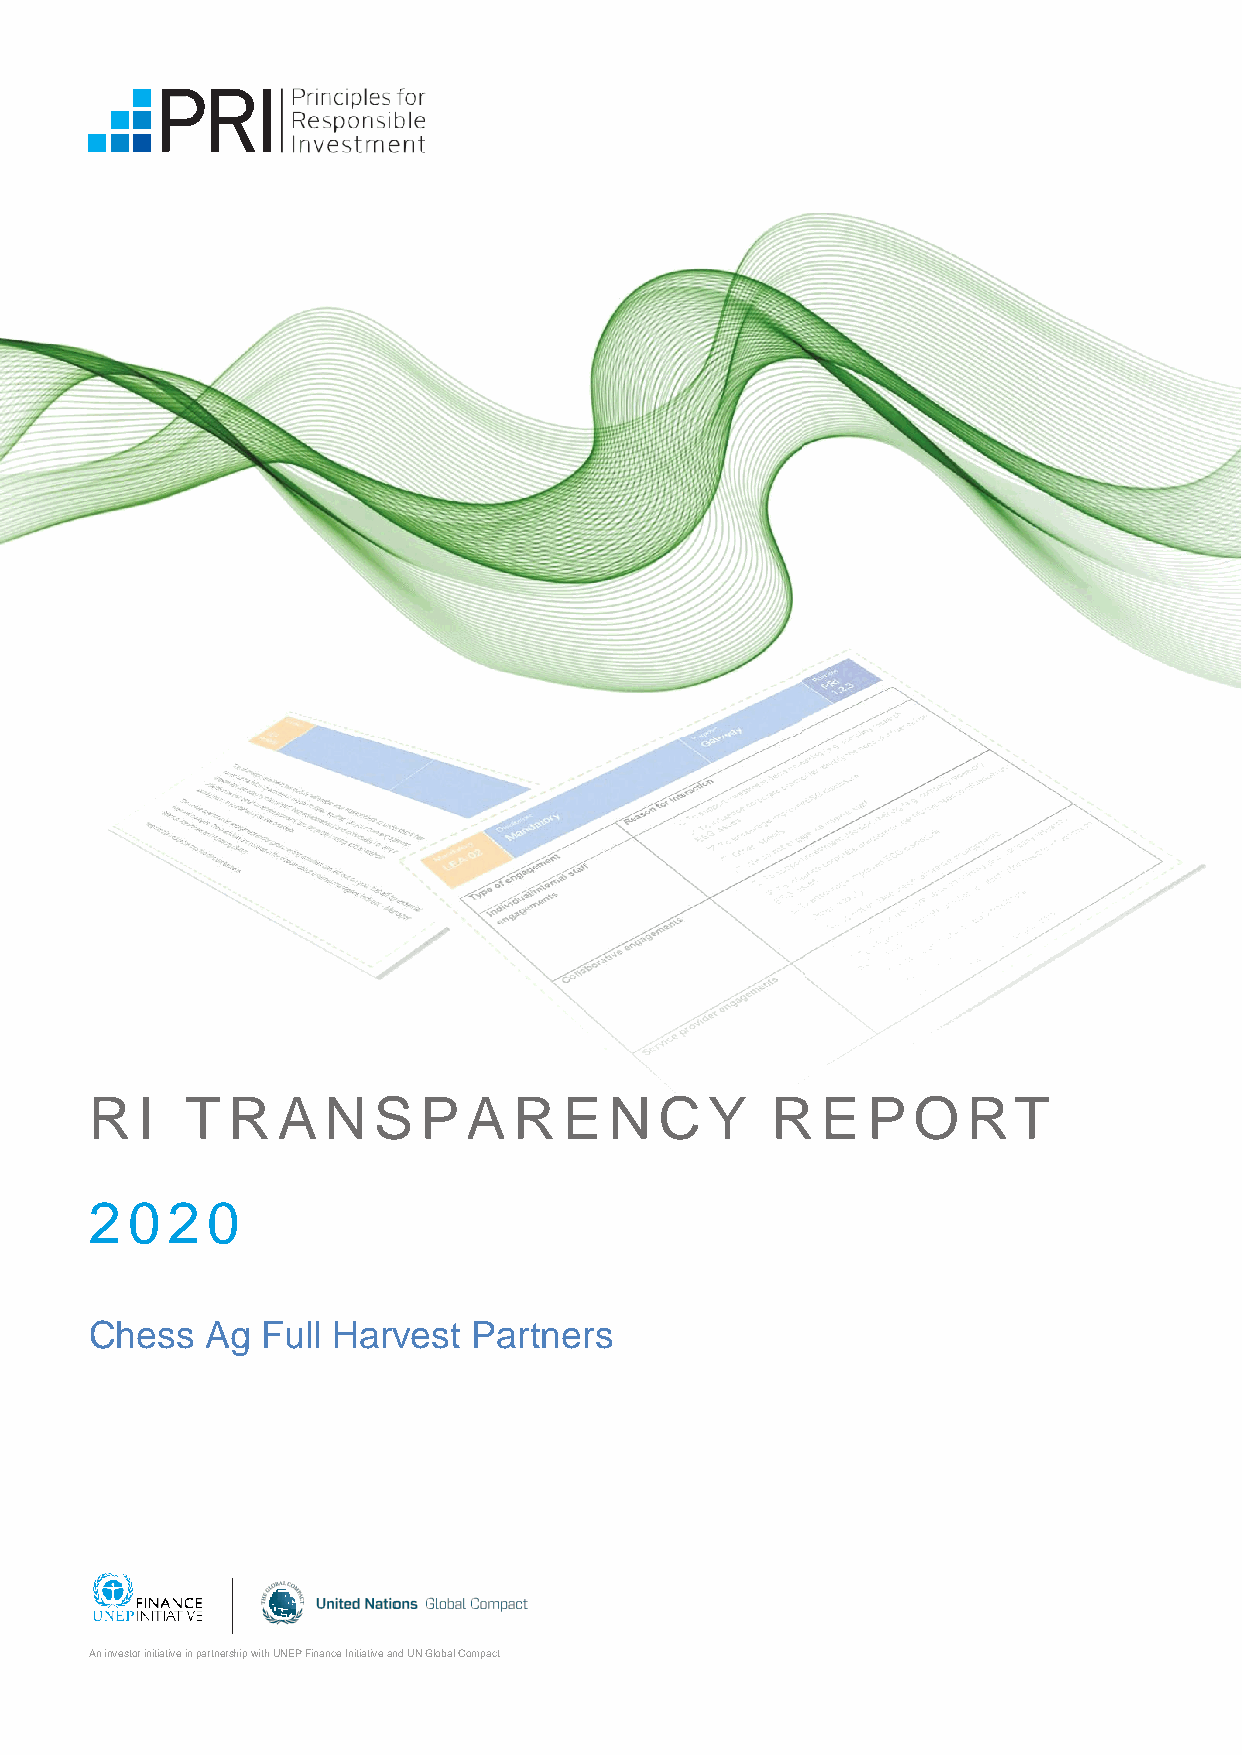
R  I  T  R  A  N   S  P  A  R  E  N   C  Y   R  E  P  O   R  T
 2 0  2  0
 Chess   Ag Full Harvest  Partners
 An investor initiative in partnership with UNEP Finance Initiative and UN Global Compact